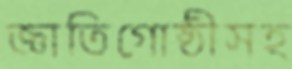
জ্ঞাতিগোষ্ঠীসহ